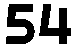
54